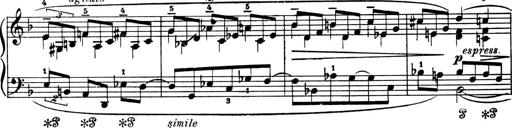
Title: 4 Sonatines
Composer: Max Reger